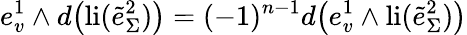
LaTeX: e_{v}^{1}\wedge d\big(\mathrm{li}(\tilde{e}_{\Sigma}^{2})\big)=(-1)^{n-1}d\big(e_{v}^{1}\wedge\mathrm{li}(\tilde{e}_{\Sigma}^{2})\big)